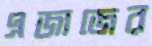
এজাজের